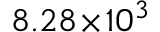
8 . 2 8 \! \times \! 1 0 ^ { 3 }